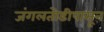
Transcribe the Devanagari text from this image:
जंगलतोडीपासून